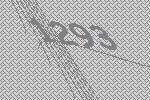
1293